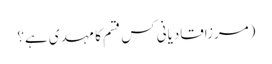
(مرزاقادیانی کس قسم کا مہدی ہے؟